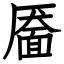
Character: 靥